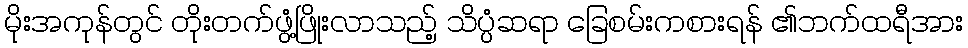
မိုးအကုန်တွင် တိုးတက်ဖွံ့ဖြိုးလာသည့် သိပ္ပံဆရာ ခြေစမ်းကစားရန် ၏ဘက်ထရီအား